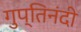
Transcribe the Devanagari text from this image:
गुप्तिनंदी